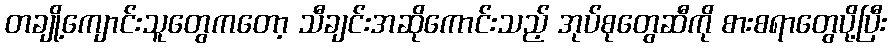
တချို့ကျောင်းသူတွေကတော့ သီချင်းအဆိုကောင်းသည့် အုပ်စုတွေဆီကို စားစရာတွေပို့ပြီး